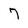
Character: 7